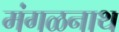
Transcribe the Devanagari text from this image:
मंगळनाथ